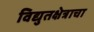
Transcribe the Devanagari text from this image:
विद्युतक्षेत्राचा